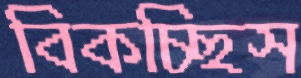
বিকচ্ছিস